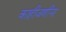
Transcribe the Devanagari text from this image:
काहीजणींना